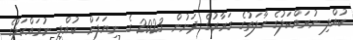
ކުއްލި ނުރައްކަލުގެ ހާލަތުގެ ގަރާރުގެ ދަށުން 2023 ގެ ނިޔަލަށް ކުއްލި ނުރައްކަލުގެ